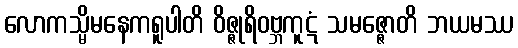
လောကသ္မိမနေကရူပါတိ ဝိဇ္ဇုရိဝဗ္ဘကူဋံ သမဇ္ဇောတိ ဘယမဿ